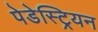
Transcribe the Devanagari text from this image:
पेडेस्ट्रियन